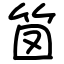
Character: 笝